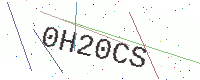
Text: 0H20CS